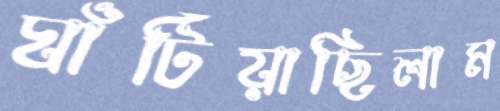
ঘাঁটিয়াছিলাম